Scottish Leaving Certificate Examination, 1955
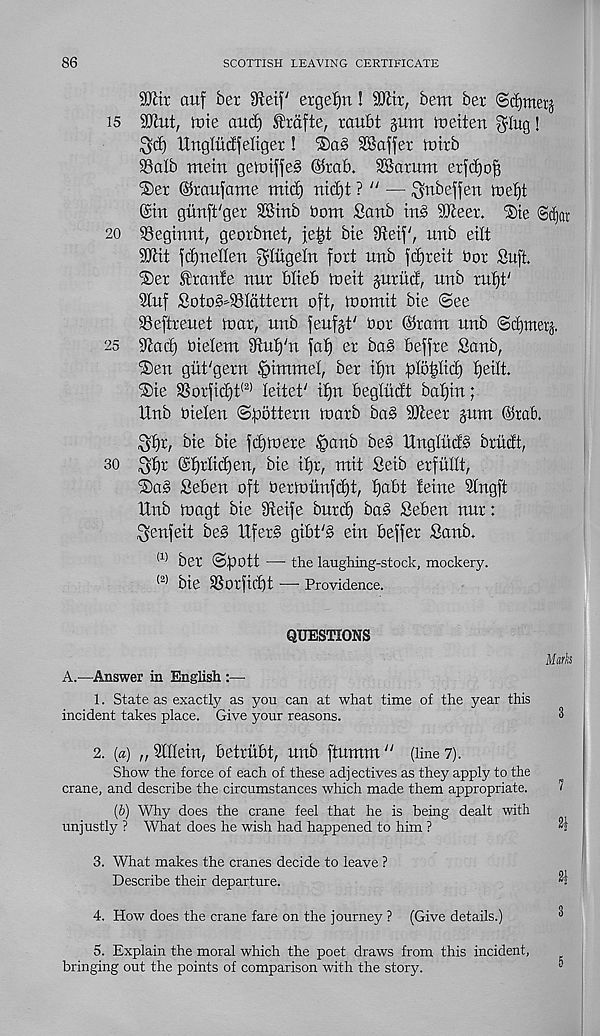
86
SCOTTISH LEAVING CERTIFICATE
Sttir auf ber 9teif ergeljrt! Wit, bem bet ©djmerj
is Sfftut, ttiie and) ^rdfte, raubt gum tneiten glug!
^d) Ungludfeltger!
3Baffer loirb
$alb mein getniffeS @rab. 28arum erfdjof)
®er ©raufame mid) nid)t ? " — ^nbeffen iael)t
@tn giinft'ger SStnb bom Saab in§ dfteet. ®ie pdjat
20 ©egmnt, georbnet, je|t bte Sieif', unb eilt
SSKit fdjneden gdugeln fort unb fdfreit bor Suft.
%tx franfe nur blteb toeit juriid, unb ruf)t'
9tuf Soto^SSIdttern oft, to omit bie ®ee
SSeftreuet toar, unb feufjt' Dor ©ram unb (Sdjmerj.
25 9^ad) bielem 9tut)'n fat) er bao beffre Saab,
®en giit'gern §immel, ber if)n f)Io|Iid) fjeilt.
®ie 3Sorfid)t (3) leitet' if)n begtudt batjin;
llnb oielen ©bbttern toarb ba§ SfJteer jum ©rab.
^tjr, bie bie fdjtoere |>anb bes Unglud§ briidt,
30 $f)r @f)rtid)en, bie if)r, mit Seib erfultt,
iSaS Seben oft Dertounfd)t, f)abt feine Slngft
Unb toagt bie iReife burd) ba3 Seben nur:
^enfeit be§ Ufer§ gibt y § ein beffer Sanb.
<1) ber ©f)Ott — the laughing-stock, mockery.
(2) bie SSorfid)t —• Providence.
QUESTIONS
Marks
A.—Answer in English :—
1. State as exactly as you can at what time of the year this
incident takes place. Give your reasons.
8
2. {a) n Sdlein, betrubt, unb ftumm " (line?).
Show the force of each of these adjectives as they apply to the
crane, and describe the circumstances which made them appropriate.
<
(b) Why does the crane feel that he is being dealt with
unjustly ? What does he wish had happened to him ?
3. What makes the cranes decide to leave ?
Describe their departure.
^
4. How does the crane fare on the journey ? (Give details.)
5. Explain the moral which the poet draws from this incident,
bringing out the points of comparison with the story.